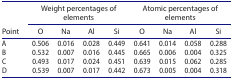
<table><thead><tr><td rowspan="2"><b>Point</b></td><td colspan="4"><b>Weight percentages of elements</b></td><td colspan="4"><b>Atomic percentages of elements</b></td></tr><tr><td><b>O</b></td><td><b>Na</b></td><td><b>Al</b></td><td><b>Si</b></td><td><b>O</b></td><td><b>Na</b></td><td><b>Al</b></td><td><b>Si</b></td></tr></thead><tbody><tr><td>A</td><td>0.506</td><td>0.016</td><td>0.028</td><td>0.449</td><td>0.641</td><td>0.014</td><td>0.058</td><td>0.288</td></tr><tr><td>B</td><td>0.532</td><td>0.007</td><td>0.016</td><td>0.445</td><td>0.665</td><td>0.006</td><td>0.004</td><td>0.325</td></tr><tr><td>C</td><td>0.493</td><td>0.017</td><td>0.024</td><td>0.451</td><td>0.639</td><td>0.015</td><td>0.062</td><td>0.285</td></tr><tr><td>D</td><td>0.539</td><td>0.007</td><td>0.017</td><td>0.442</td><td>0.673</td><td>0.005</td><td>0.004</td><td>0.318</td></tr></tbody></table>